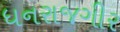
ધનરાજગીર